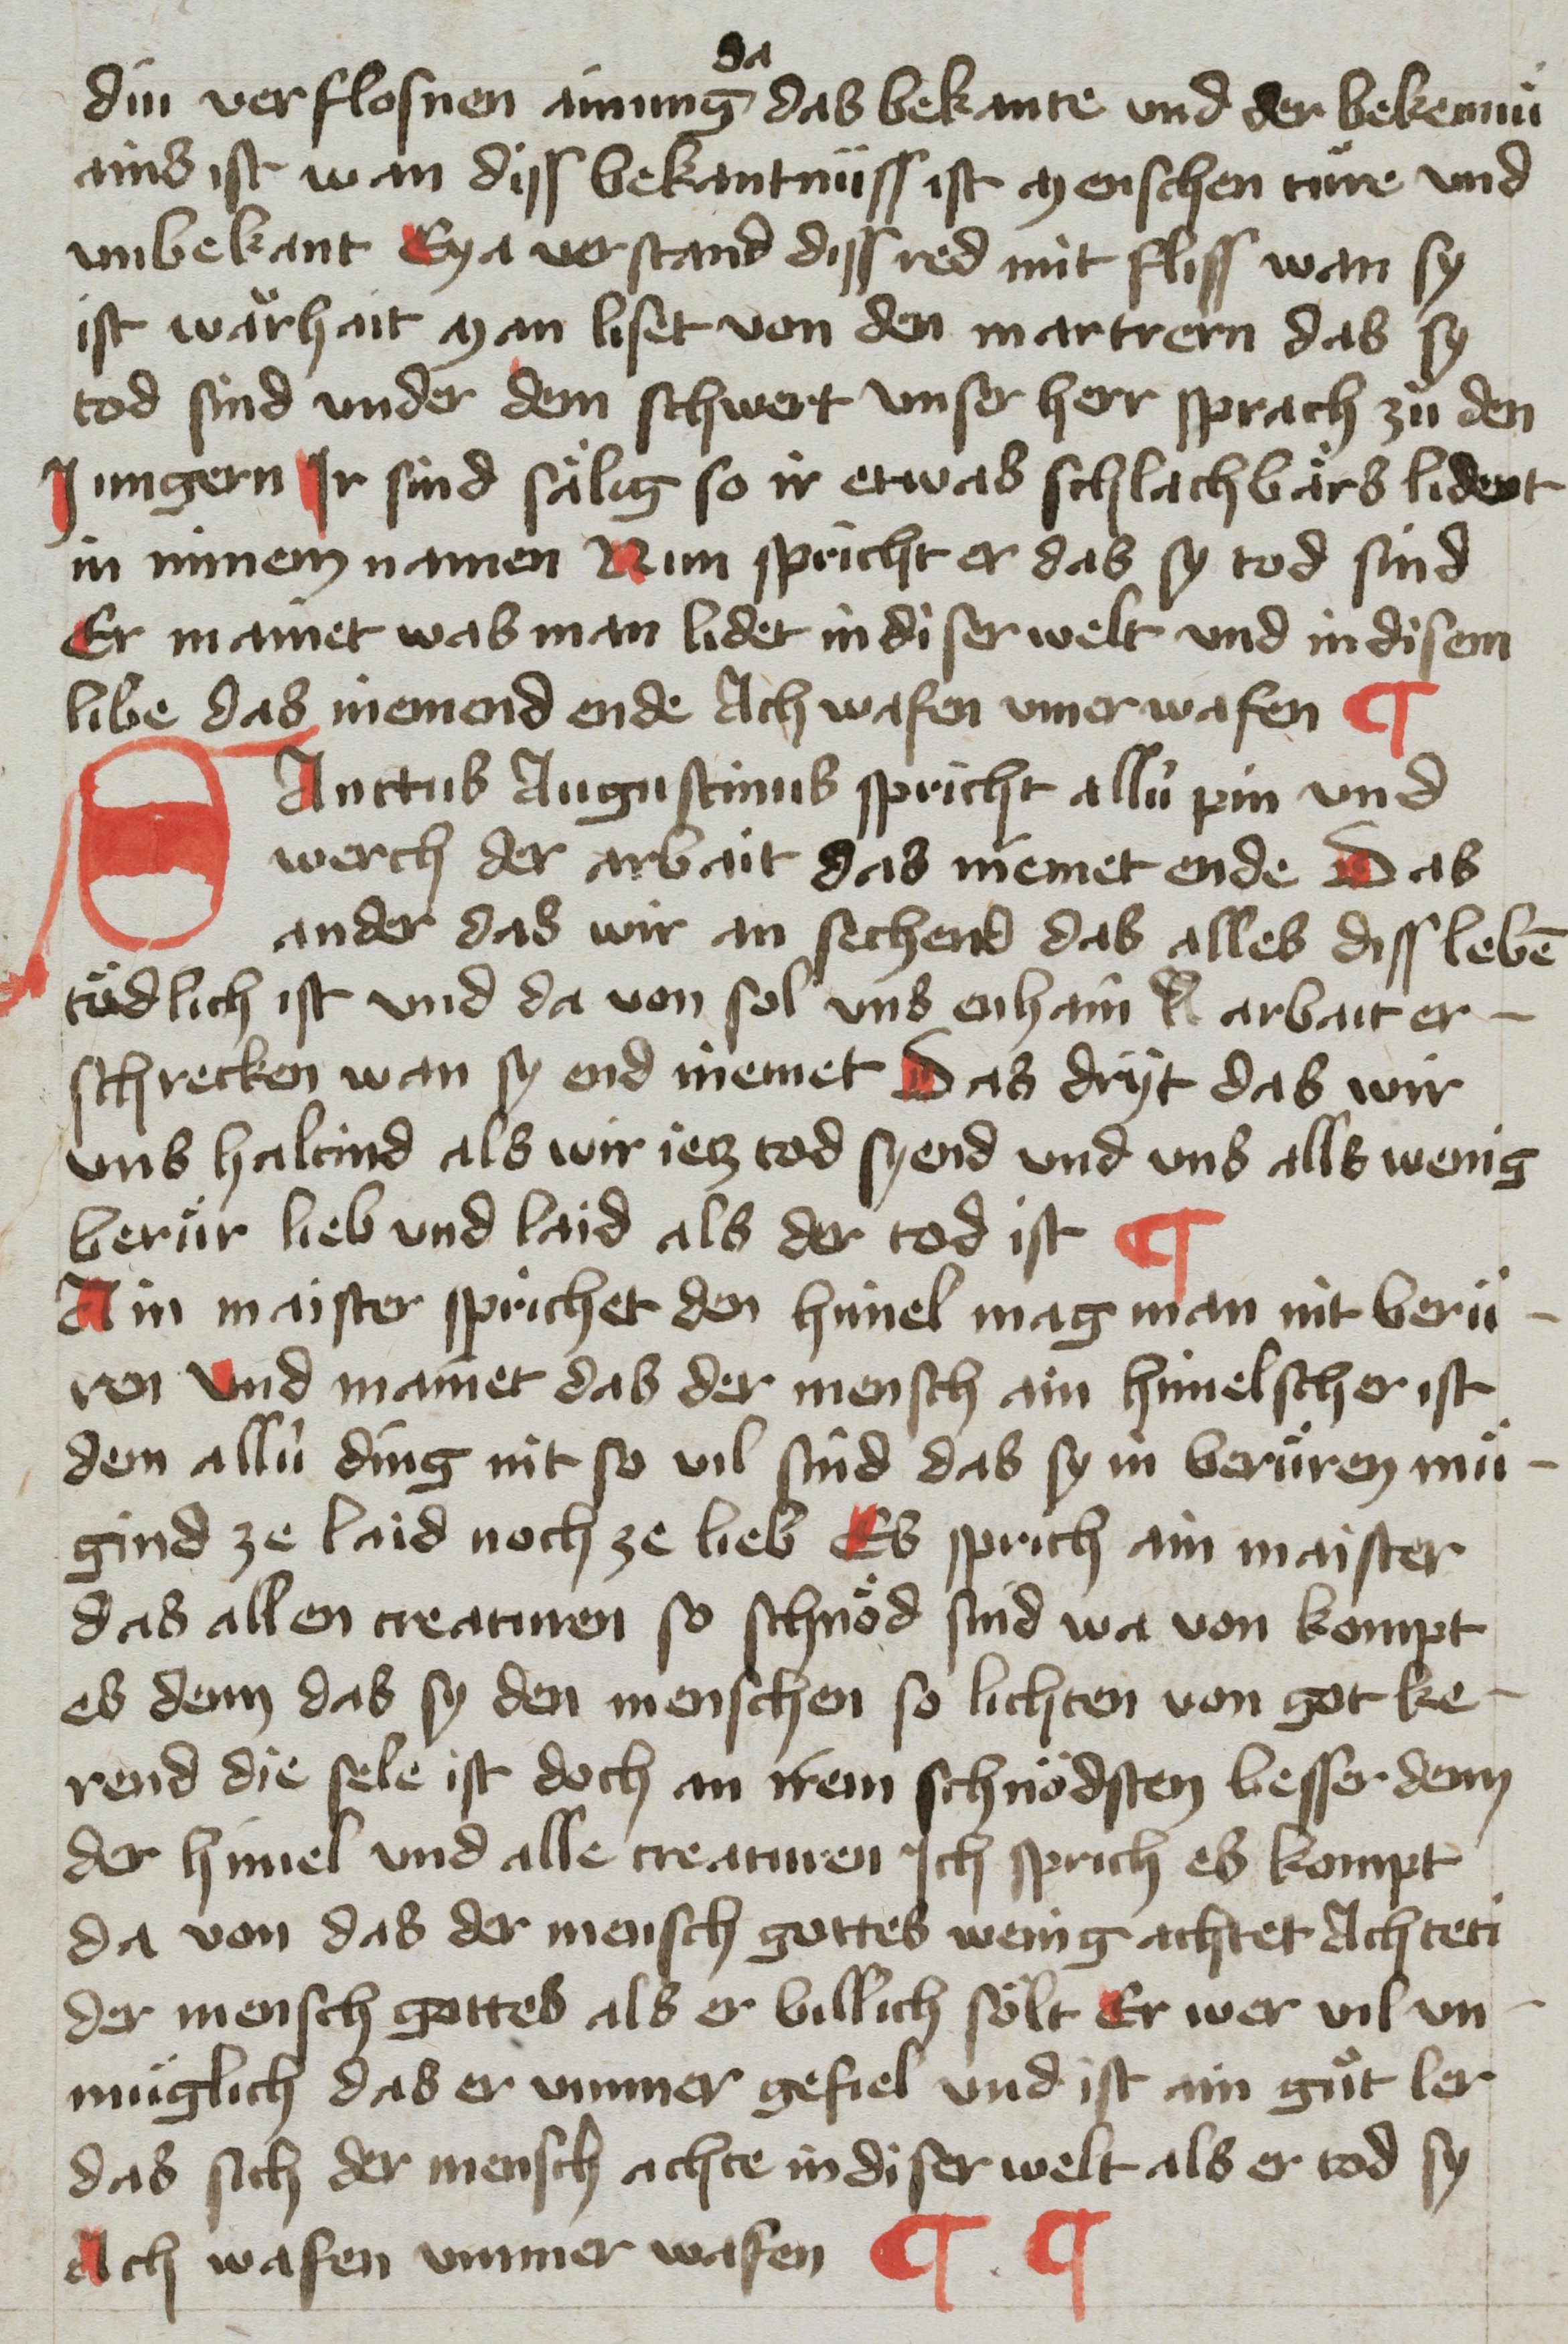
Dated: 1400–1499